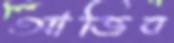
আজিব